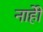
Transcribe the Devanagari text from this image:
नाहीे